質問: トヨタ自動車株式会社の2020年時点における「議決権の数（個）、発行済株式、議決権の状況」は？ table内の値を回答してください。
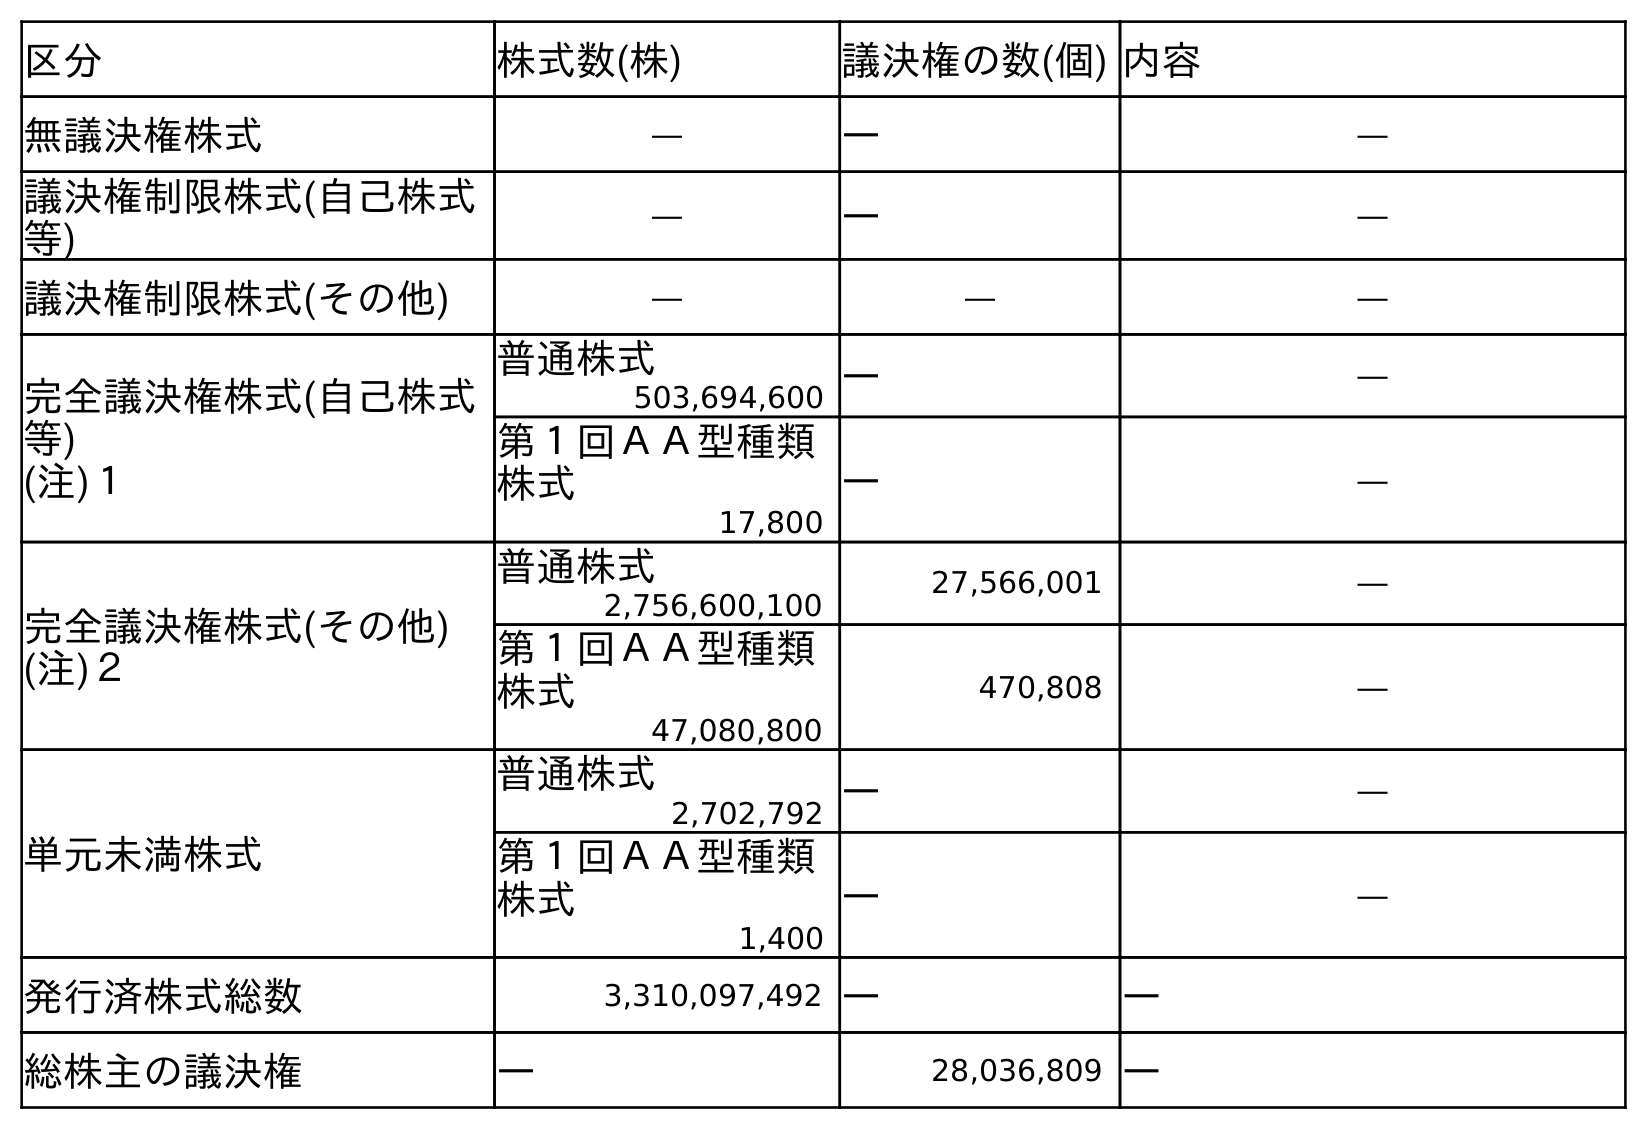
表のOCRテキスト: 区分 株式数(株) 議決権の数(個) 内容 無議決権株式 ― ― ― 議決権制限株式(自己株式 等) ― ― ― 議決権制限株式(その他) ― ― ― 完全議決権株式(自己株式 等) (注)１ 普通株式 ― ― 503,694,600 第１回ＡＡ型種類 株式 ― ― 17,800 完全議決権株式(その他) (注)２ 普通株式 27,566,001 ― 2,756,600,100 第１回ＡＡ型種類 株式 470,808 ― 47,080,800 単元未満株式 普通株式 ― ― 2,702,792 第１回ＡＡ型種類 株式 ― ― 1,400 発行済株式総数 3,310,097,492 ― ― 総株主の議決権 ― 28,036,809 ―
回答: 28,036,809